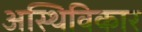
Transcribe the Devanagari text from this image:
अस्थिविकार